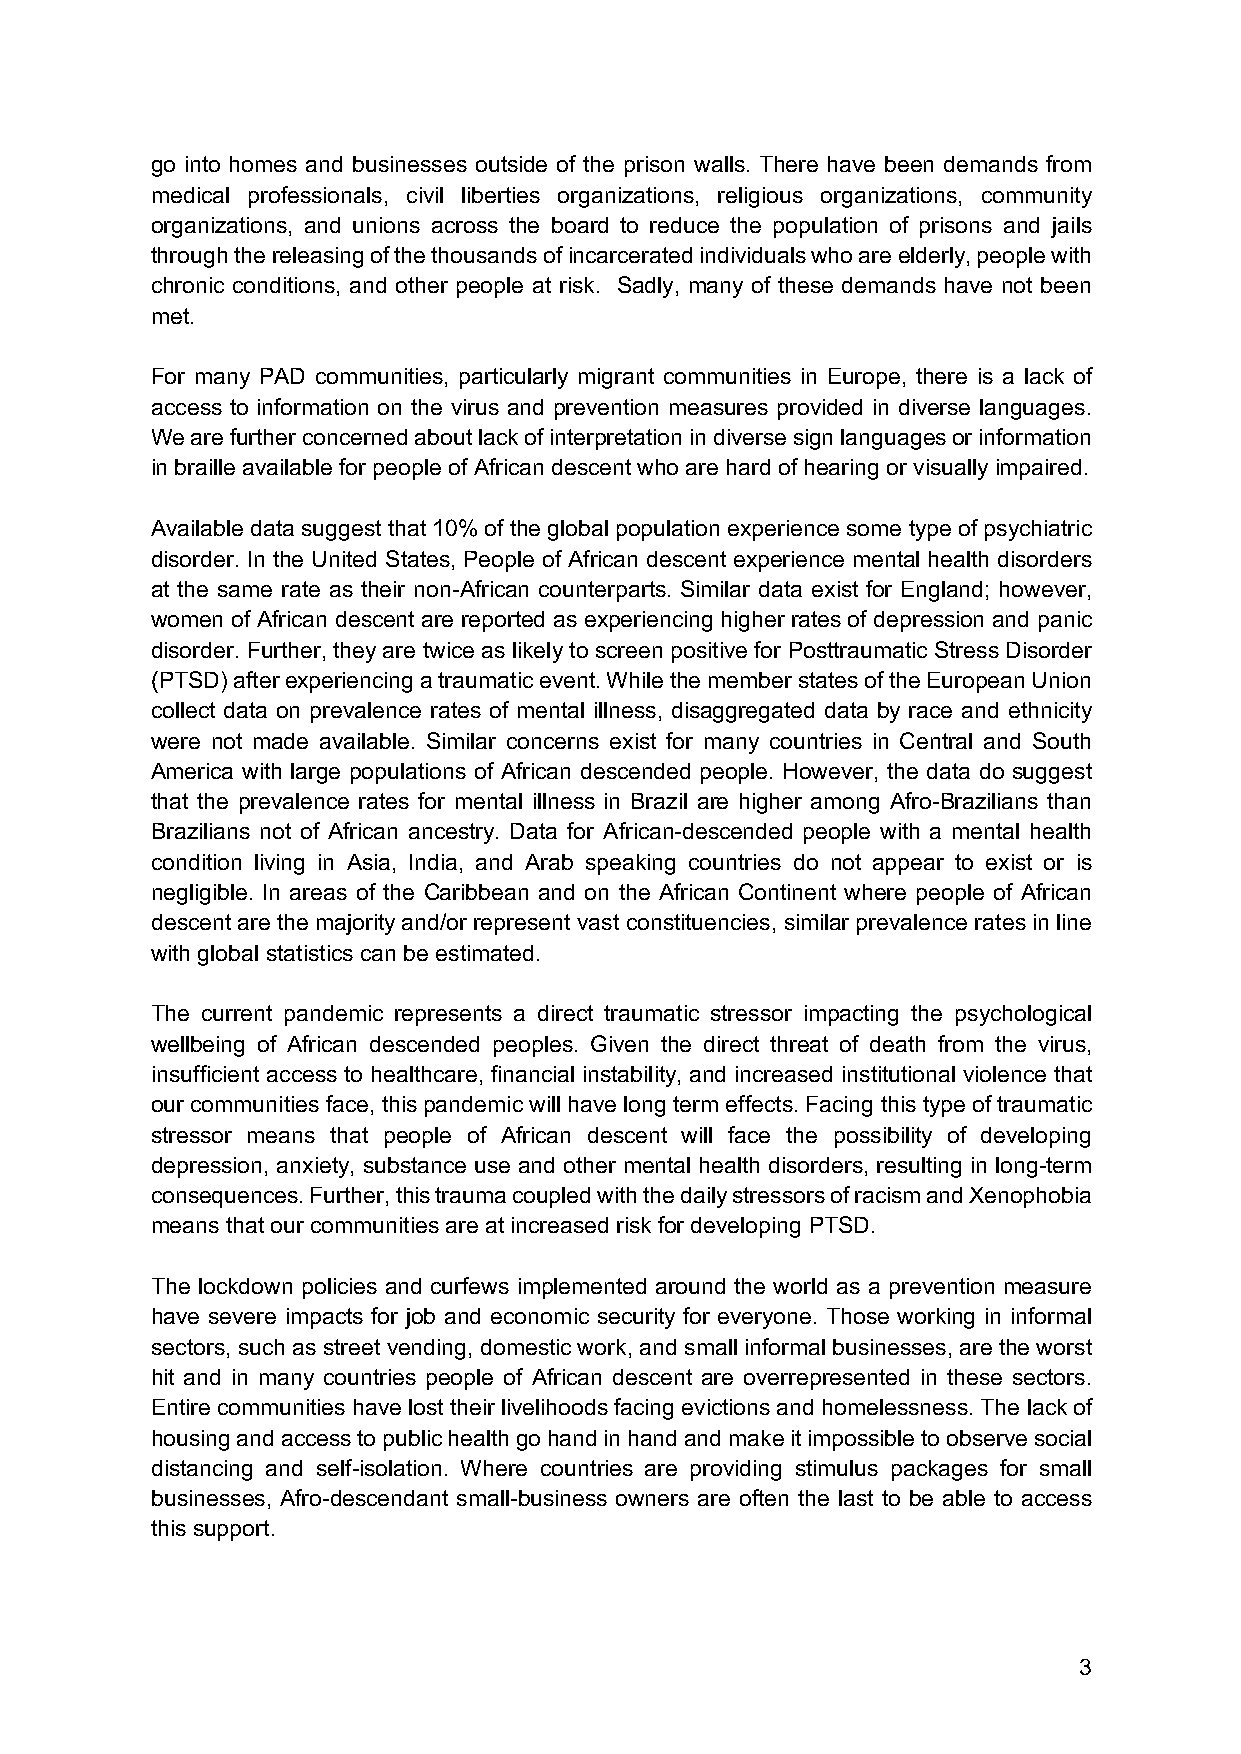
go into homes and businesses outside of the prison walls. There have been demands from
 medical professionals, civil liberties organizations, religious organizations, community
 organizations, and unions across the board to reduce the population of prisons and jails
 through the releasing of the thousands of incarcerated individuals who are elderly, people with
 chronic conditions, and other people at risk. Sadly, many of these demands have not been
 met.
 For many PAD communities, particularly migrant communities in Europe, there is a lack of
 access to information on the virus and prevention measures provided in diverse languages.
 We are further concerned about lack of interpretation in diverse sign languages or information
 in braille available for people of African descent who are hard of hearing or visually impaired.
 Available data suggest that 10% of the global population experience some type of psychiatric
 disorder. In the United States, People of African descent experience mental health disorders
 at the same rate as their non-African counterparts. Similar data exist for England; however,
 women of African descent are reported as experiencing higher rates of depression and panic
 disorder. Further, they are twice as likely to screen positive for Posttraumatic Stress Disorder
 (PTSD) after experiencing a traumatic event. While the member states of the European Union
 collect data on prevalence rates of mental illness, disaggregated data by race and ethnicity
 were not made available. Similar concerns exist for many countries in Central and South
 America with large populations of African descended people. However, the data do suggest
 that the prevalence rates for mental illness in Brazil are higher among Afro-Brazilians than
 Brazilians not of African ancestry. Data for African-descended people with a mental health
 condition living in Asia, India, and Arab speaking countries do not appear to exist or is
 negligible. In areas of the Caribbean and on the African Continent where people of African
 descent are the majority and/or represent vast constituencies, similar prevalence rates in line
 with global statistics can be estimated.
 The current pandemic represents a direct traumatic stressor impacting the psychological
 wellbeing of African descended peoples. Given the direct threat of death from the virus,
 insufficient access to healthcare, financial instability, and increased institutional violence that
 our communities face, this pandemic will have long term effects. Facing this type of traumatic
 stressor means that people of African descent will face the possibility of developing
 depression, anxiety, substance use and other mental health disorders, resulting in long-term
 consequences. Further, this trauma coupled with the daily stressors of racism and Xenophobia
 means that our communities are at increased risk for developing PTSD.
 The lockdown policies and curfews implemented around the world as a prevention measure
 have severe impacts for job and economic security for everyone. Those working in informal
 sectors, such as street vending, domestic work, and small informal businesses, are the worst
 hit and in many countries people of African descent are overrepresented in these sectors.
 Entire communities have lost their livelihoods facing evictions and homelessness. The lack of
 housing and access to public health go hand in hand and make it impossible to observe social
 distancing and self-isolation. Where countries are providing stimulus packages for small
 businesses, Afro-descendant small-business owners are often the last to be able to access
 this support.
 3